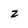
Character: z